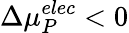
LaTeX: \Delta{\mu}_{P}^{elec}<0